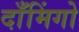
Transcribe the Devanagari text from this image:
दाँमिंगो